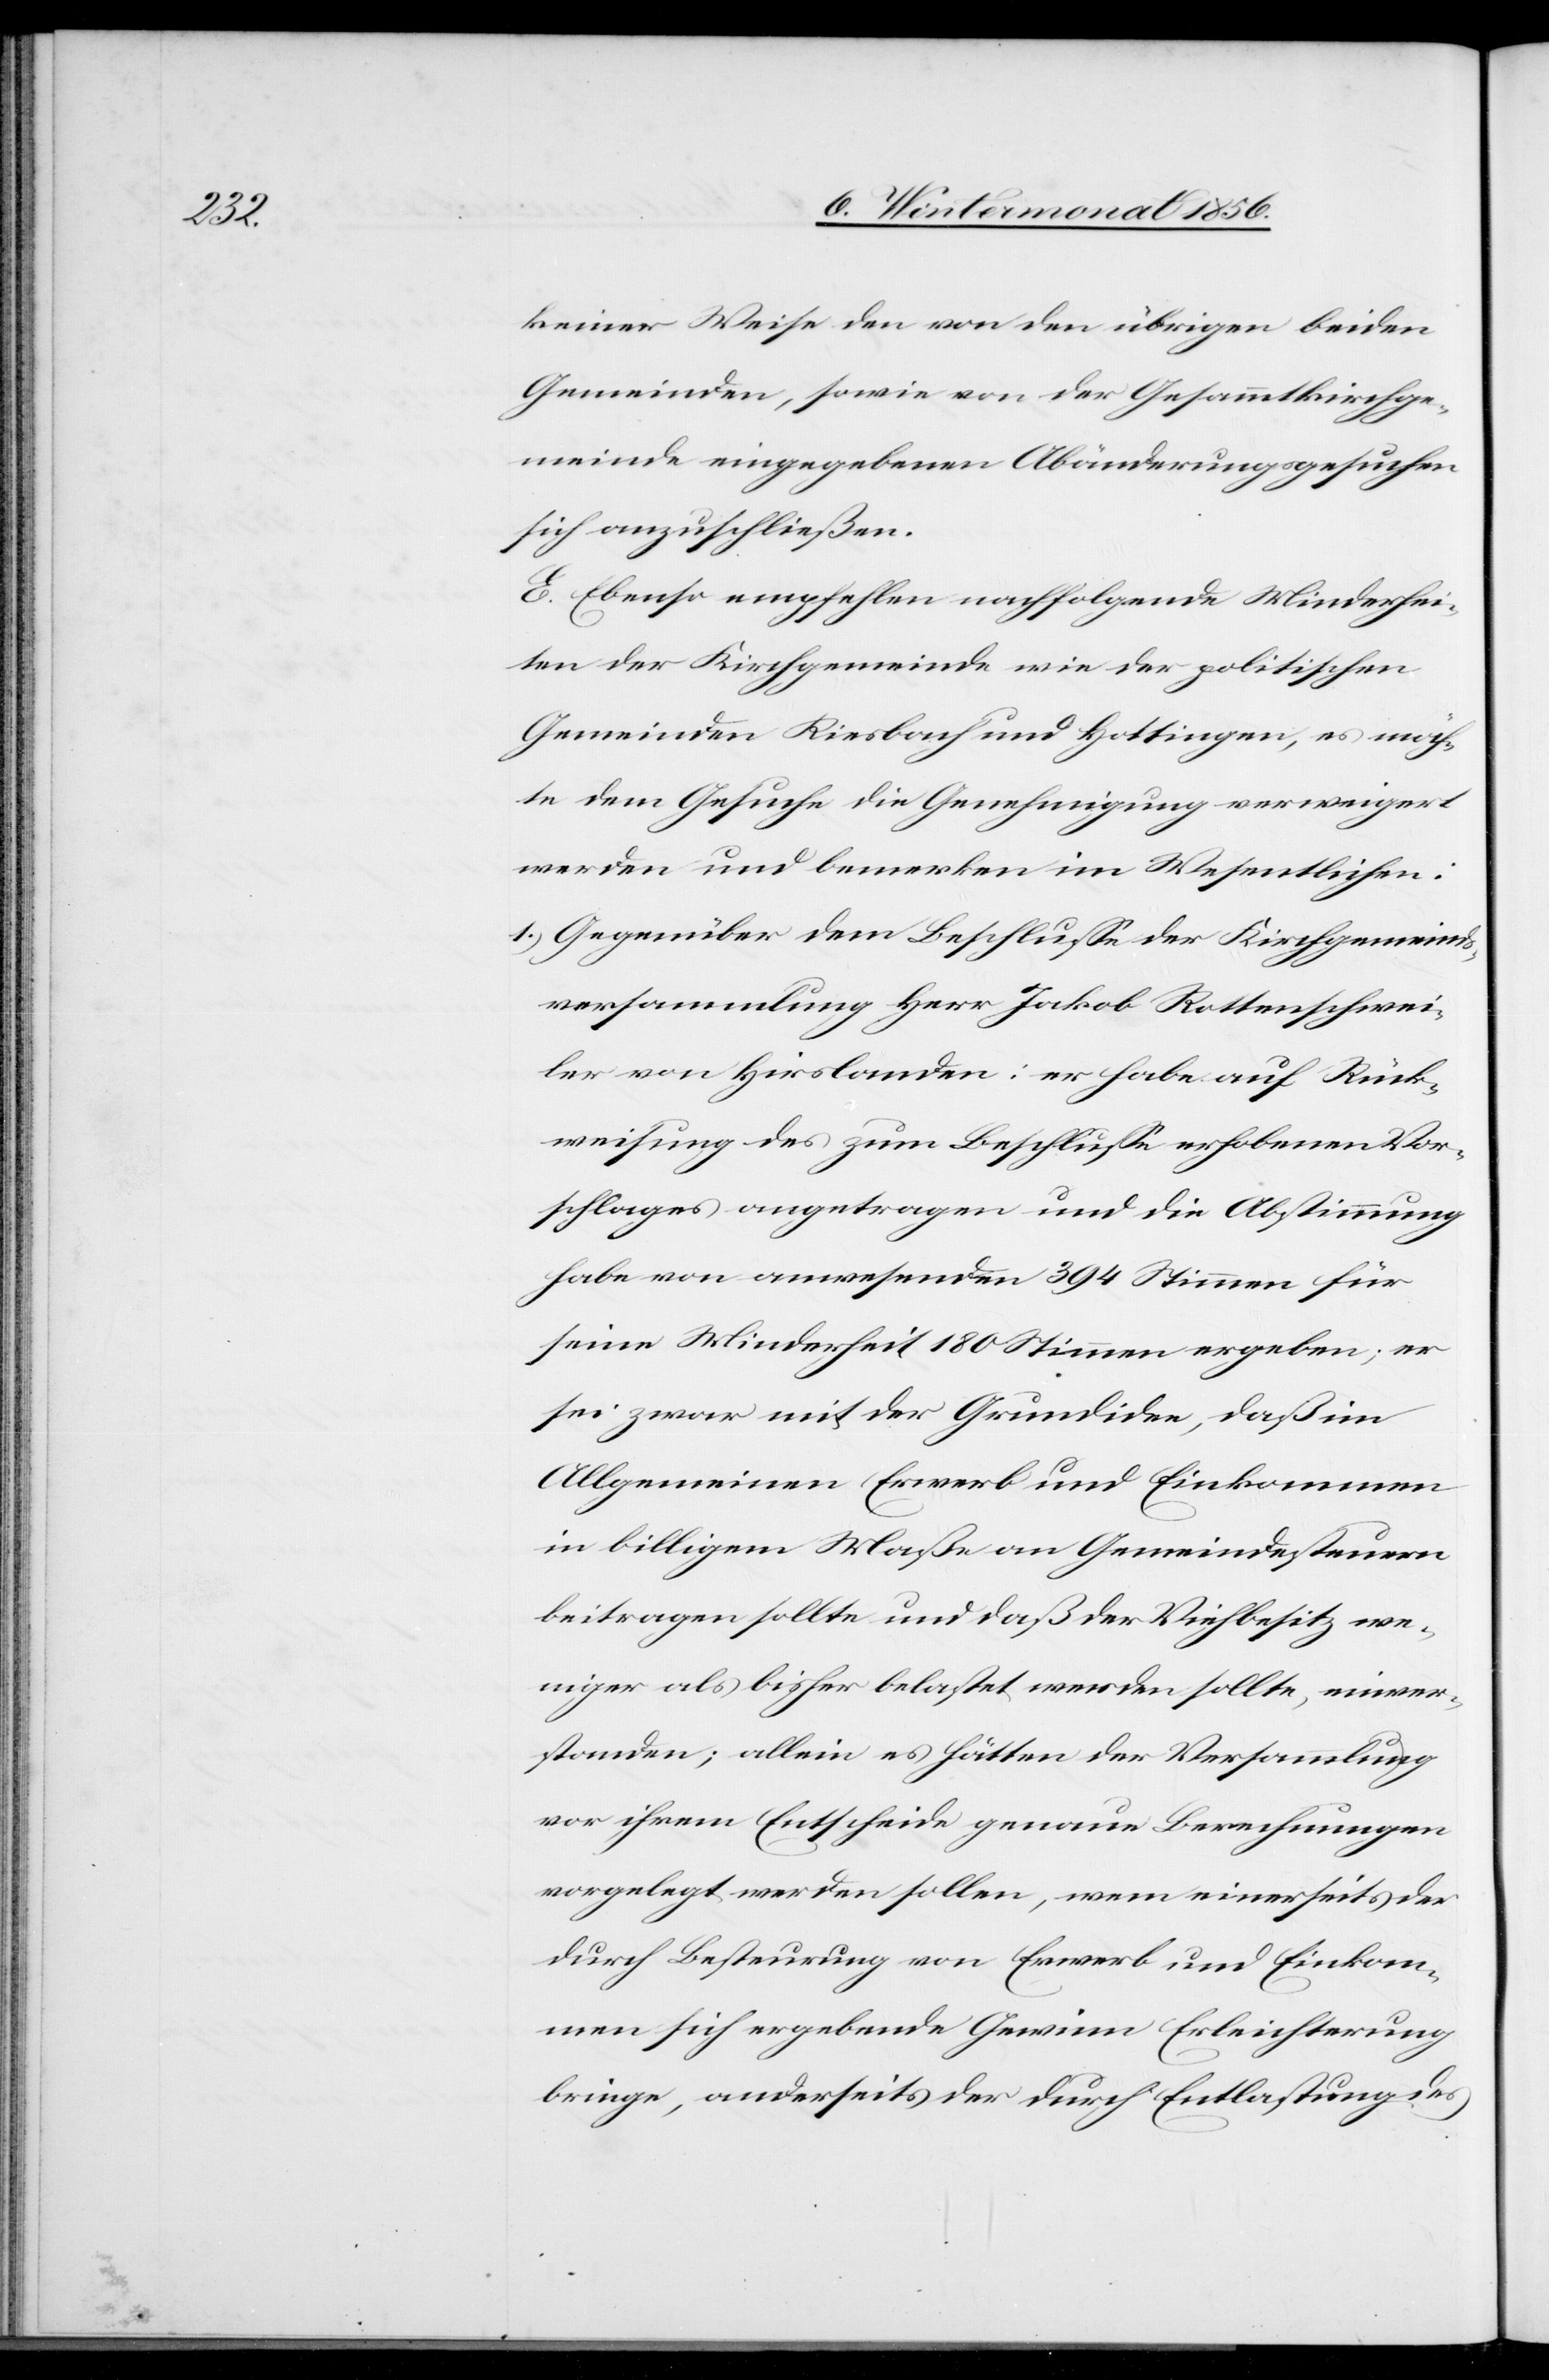
keiner Weise von den übrigen beiden
Gemeinden, sowie von der Gesammtkirchge¬
meinde eingegebenen Abänderungsgesuchen
sich anzuschließen.
E. Ebenso empfehlen nachfolgende Minderhei¬
ten der Kirchgemeinde wie der politischen
Gemeinden Riesbach und Hottingen, es möch¬
te dem Gesuche die Genehmigung verweigert
werden und bemerken im Wesentlichen:
1.) Gegenüber dem Beschlusse der Kirchgemeinds¬
versammlung Herr Jakob Rottenschwei¬
ler von Hirslanden: er habe auf Rück¬
weisung des zum Beschlusse erhobenen Vor¬
schlages angetragen und die Abstimmung
habe von anwesenden 394 Stimmen für
seine Minderheit 180 Stimmen ergeben; er
sei zwar mit der Grundidee, daß im
Allgemeinen Erwerb und Einkommen
in billigem Maße an Gemeindesteuern
beitragen sollte und daß der Viehbesitz we¬
niger als bisher belastet werden sollte, einver¬
standen; allein es hätten der Versammlung
vor ihrem Entscheide genaue Berechnungen
vorgelegt werden sollen, wem einerseits der
durch Besteurung von Erwerb und Einkom¬
men sich ergebende Gewinn Erleichterung
bringe, anderseits der durch Entlastung des